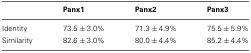
<table><thead><tr><td></td><td><b>Panx1</b></td><td><b>Panx2</b></td><td><b>Panx3</b></td></tr></thead><tbody><tr><td>Identity</td><td>73.5 ± 3.0%</td><td>71.3 ± 4.9%</td><td>75.5 ± 5.9%</td></tr><tr><td>Similarity</td><td>82.6 ± 3.0%</td><td>80.0 ± 4.4%</td><td>85.2 ± 4.4%</td></tr></tbody></table>